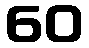
60